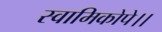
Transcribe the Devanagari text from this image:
स्वामिकोपे।।